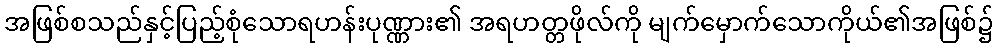
အဖြစ်စသည်နှင့်ပြည့်စုံသောရဟန်းပုဏ္ဏား၏ အရဟတ္တဖိုလ်ကို မျက်မှောက်သောကိုယ်၏အဖြစ်၌